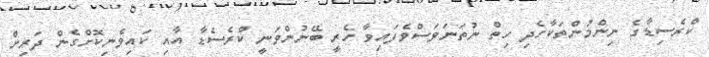
ކްރެސިޑާގެ ނިންމުންތަކާހެދި ހިތް ނުތަނަވަސްވެފައިވާ ހެރީ ބޭނުންވަނީ ކްރެސެޑާ އާއި ކައިވެނިކޮށްގެން ދަރިން